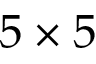
5 \times 5